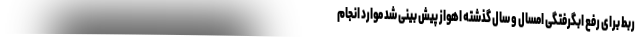
ربط برای رفع ابگرفتگی امسال و سال گذشته اهواز پیش بینی شد موارد انجام